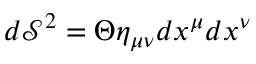
d \mathcal S ^ { 2 } = \Theta \eta _ { \mu \nu } d x ^ { \mu } d x ^ { \nu }